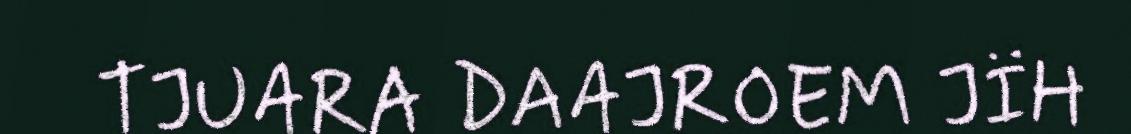
TJUARA DAAJROEM JÏH